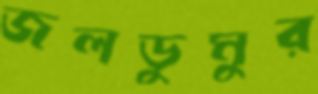
জলডুমুর